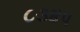
૮૩૪૫